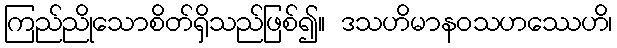
ကြည်ညိုသောစိတ်ရှိသည်ဖြစ်၍။ ဒသဟိမာနဝသဟဿေဟိ၊